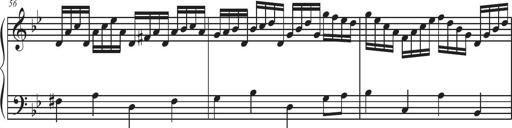
Title: Sonatina Espania
Composer: Jerald Franklin Archer
Key: Various